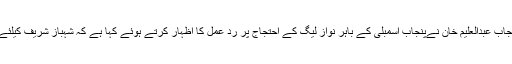
11 اکتوبر 2018ء) :سینئر وزیر پنجاب عبدالعلیم خان نےپنجاب اسمبلی کے باہر نواز لیگ کے احتجاج پر رد عمل کا اظہار کرتے ہوئے کہا ہے کہ شہباز شریف کیلئے ہونے والا مظاہرہ "ڈگہ کھوتی تے۔